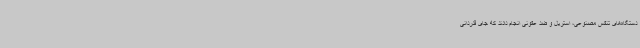
دستگاه‌های تنفس مصنوعی، استریل و ضد عفونی انجام دادند که جای قدردانی